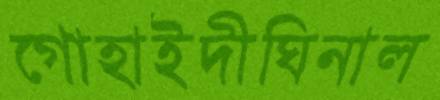
গোহাইদীঘিনাল